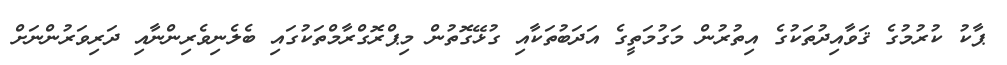
ޕާކު ކުރުމުގެ ޤަވާއިދުތަކުގެ އިތުރުން މަގުމަތީގެ އަދަބުތަކާއި ގުޅޭގޮތުން މިޕްރޮގްރާމްތަކުގައި ބެލެނިވެރިންނާއި ދަރިވަރުންނަށް